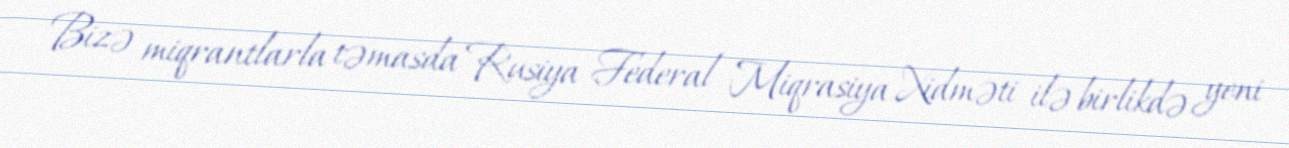
Bizə miqrantlarla təmasda Rusiya Federal Miqrasiya Xidməti ilə birlikdə yeni